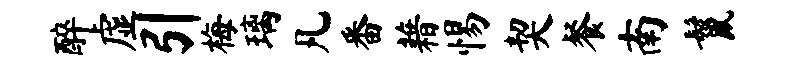
醉虚引梅璃凡番藉惕契餐南鬣